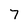
Character: 7